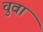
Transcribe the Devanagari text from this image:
चुवा